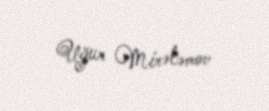
Uğur Mirələmov